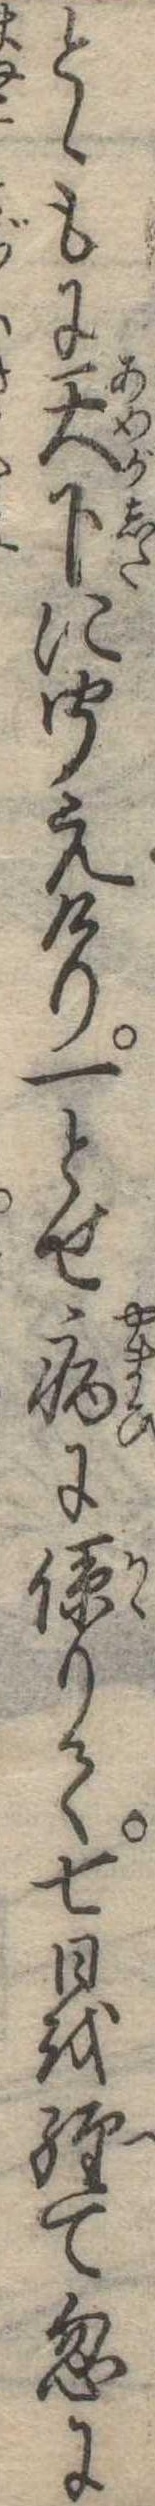
とゝもに天下に聞えけり一とせ病に係りて七日を経て忽に